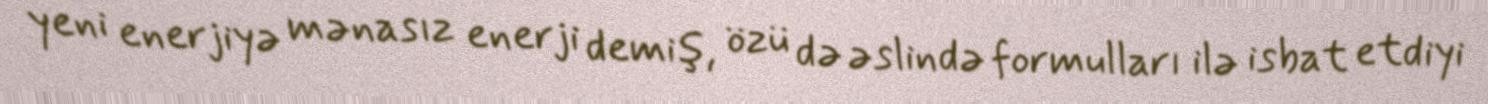
yeni enerjiyə mənasız enerji demiş, özü də əslində formulları ilə isbat etdiyi